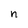
Character: n